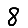
Digit: 8